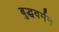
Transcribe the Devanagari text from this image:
बुद्धवर्मन